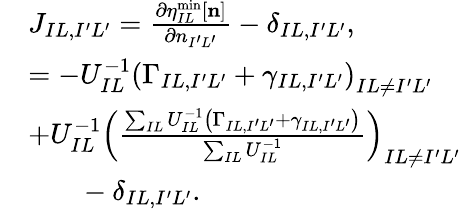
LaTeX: \begin{array}{rl}&{J_{IL,I^{\prime}L^{\prime}}=\frac{\partial\eta_{IL}^{\mathrm{min}}[{\mathbf n}]}{\partial n_{I^{\prime}L^{\prime}}}-\delta_{IL,I^{\prime}L^{\prime}},}\\ &{=-U_{IL}^{-1}\left(\Gamma_{IL,I^{\prime}L^{\prime}}+\gamma_{IL,I^{\prime}L^{\prime}}\right)_{IL\ne I^{\prime}L^{\prime}}}\\ &{+U_{IL}^{-1}\left(\frac{\sum_{IL}U_{IL}^{-1}\left(\Gamma_{IL,I^{\prime}L^{\prime}}+\gamma_{IL,I^{\prime}L^{\prime}}\right)}{\sum_{IL}U_{IL}^{-1}}\right)_{IL\ne I^{\prime}L^{\prime}}}\\ &{~~~~~~~-\delta_{IL,I^{\prime}L^{\prime}}.}\end{array}